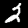
Digit: 2